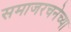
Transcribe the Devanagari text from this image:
समाजरचनेच्या